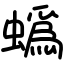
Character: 蟡